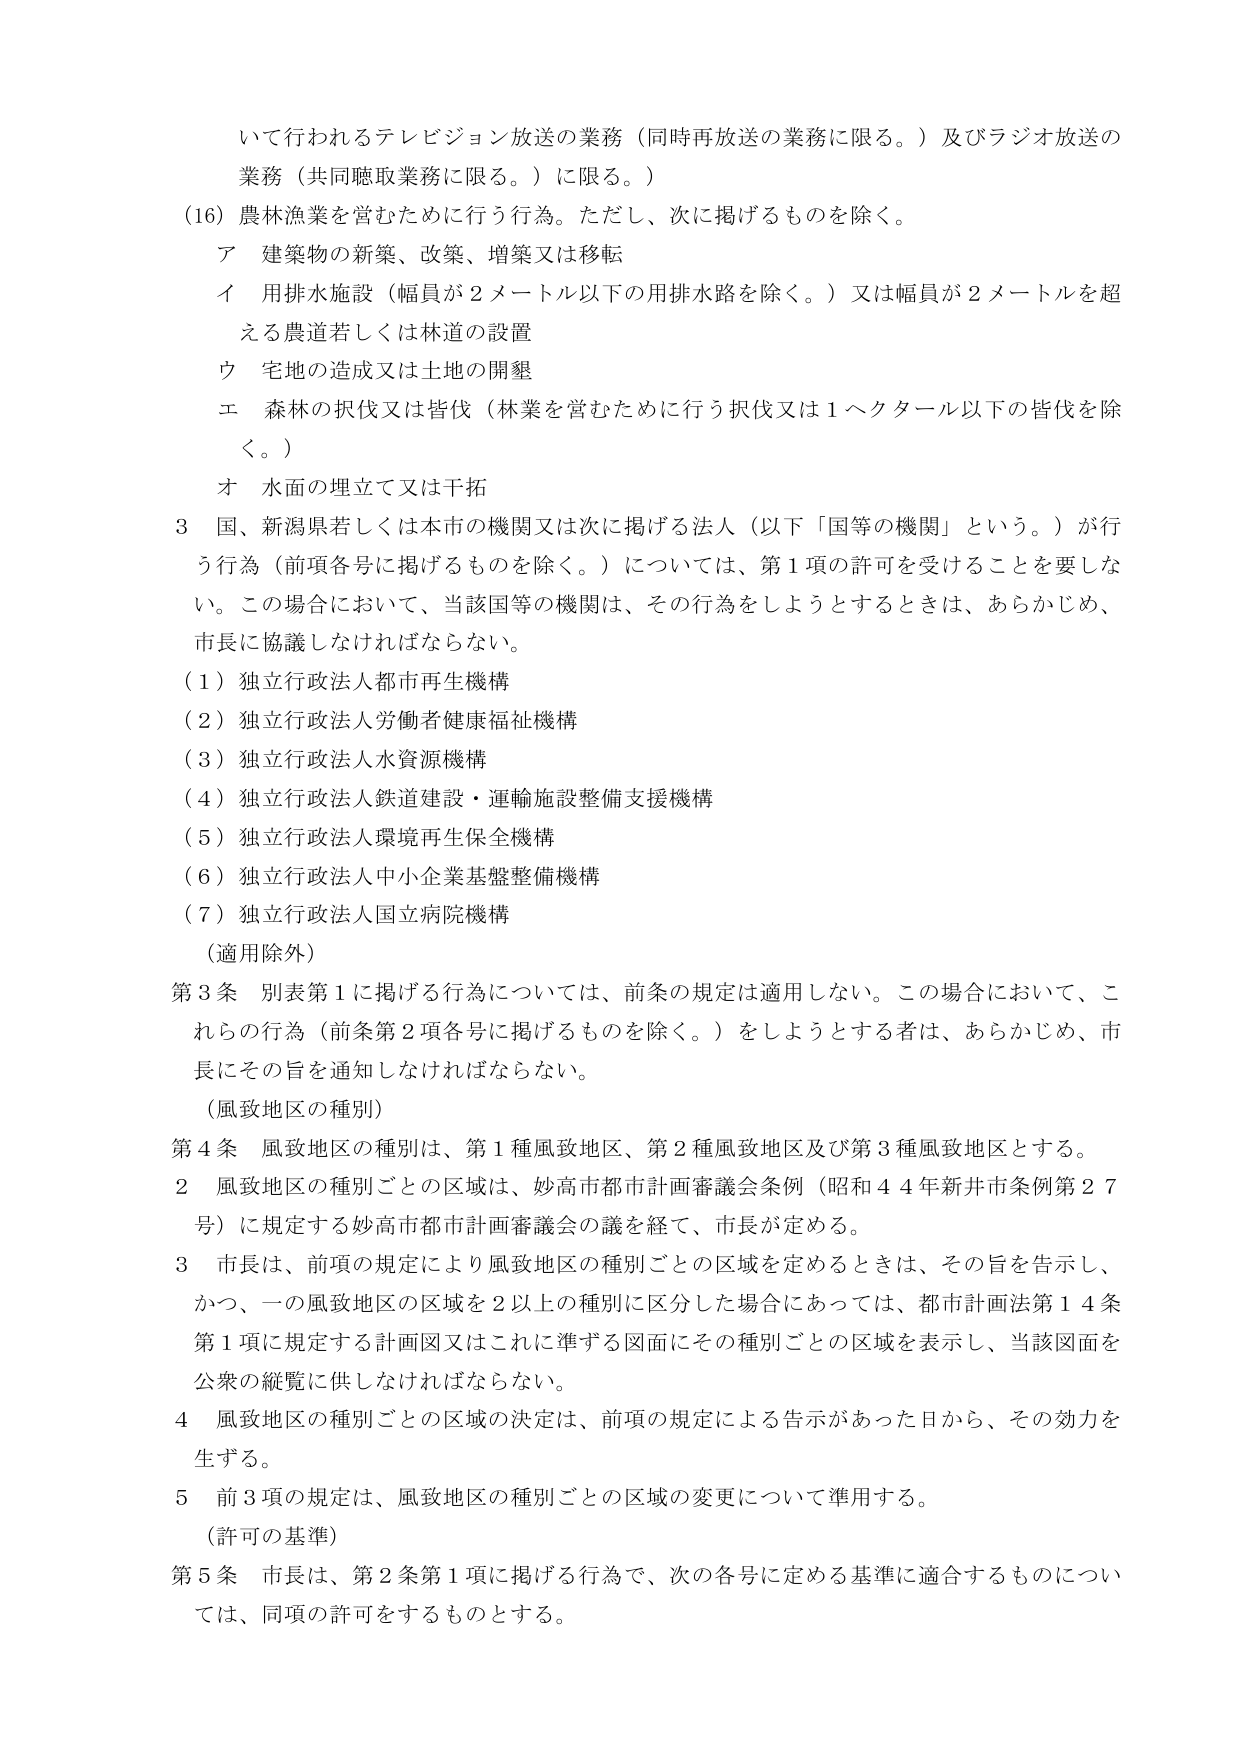
いて行われるテレビジョン放送の業務（同時再放送の業務に限る。）及びラジオ放送の業務（共同聴取業務に限る。）に限る。）

(16) 農林漁業を営むために行う行為。ただし、次に掲げるものを除く。
　ア 建築物の新築、改築、増築又は移転
　イ 用排水施設（幅員が２メートル以下の用排水路を除く。）又は幅員が２メートルを超える農道若しくは林道の設置
　ウ 宅地の造成又は土地の開墾
　エ 森林の択伐又は皆伐（林業を営むために行う択伐又は１ヘクタール以下の皆伐を除く。）
　オ 水面の埋立て又は干拓

3 国、新潟県若しくは本市の機関又は次に掲げる法人（以下「国等の機関」という。）が行う行為（前項各号に掲げるものを除く。）については、第１項の許可を受けることを要しない。この場合において、当該国等の機関は、その行為をしようとするときは、あらかじめ、市長に協議しなければならない。
　(1) 独立行政法人都市再生機構
　(2) 独立行政法人労働者健康福祉機構
　(3) 独立行政法人水資源機構
　(4) 独立行政法人鉄道建設・運輸施設整備支援機構
　(5) 独立行政法人環境再生保全機構
　(6) 独立行政法人中小企業基盤整備機構
　(7) 独立行政法人国立病院機構
　（適用除外）

第3条 別表第1に掲げる行為については、前条の規定は適用しない。この場合において、これらの行為（前条第2項各号に掲げるものを除く。）をしようとする者は、あらかじめ、市長にその旨を通知しなければならない。
　（風致地区の種別）

第4条 風致地区の種別は、第1種風致地区、第2種風致地区及び第3種風致地区とする。
2 風致地区の種別ごとの区域は、妙高市都市計画審議会条例（昭和44年新井市条例第27号）に規定する妙高市都市計画審議会の議を経て、市長が定める。
3 市長は、前項の規定により風致地区の種別ごとの区域を定めるときは、その旨を告示し、かつ、一の風致地区の区域を2以上の種別に区分した場合にあっては、都市計画法第14条第1項に規定する計画図又はこれに準ずる図面にその種別ごとの区域を表示し、当該図面を公衆の縦覧に供しなければならない。
4 風致地区の種別ごとの区域の決定は、前項の規定による告示があった日から、その効力を生ずる。
5 前3項の規定は、風致地区の種別ごとの区域の変更について準用する。
　（許可の基準）

第5条 市長は、第2条第1項に掲げる行為で、次の各号に定める基準に適合するものについては、同項の許可をするものとする。